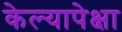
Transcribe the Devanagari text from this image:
केल्यापेक्षा